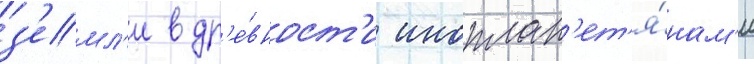
з'емл'и в др'е́вност'и иноплан'ет'я́нам'и